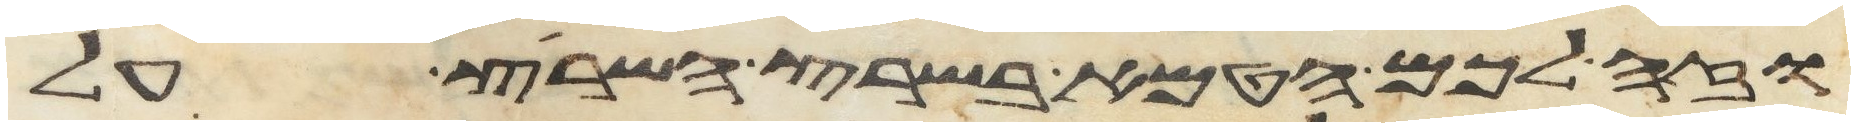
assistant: וזה לכם הטמא בשרץ השרץ על